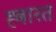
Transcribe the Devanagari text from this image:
ह्बारत